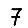
Digit: 7